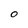
Character: O